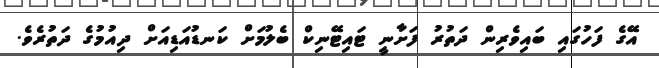
އޭގެ ފަހުގައި ބައިވެރިން ދަތުރު ފަށާނީ ޓައިޓޭނިކް ބެލުމަށް ކަނޑުއަޑިއަށް ދިއުމުގެ ދަތުރެވެ.